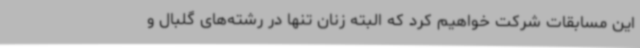
این مسابقات شرکت خواهیم کرد که البته زنان تنها در رشته‌های گلبال و